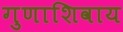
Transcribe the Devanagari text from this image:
गुणाशिवाय